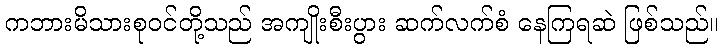
ကဘားမိသားစုဝင်တို့သည် အကျိုးစီးပွား ဆက်လက်စံ နေကြရဆဲ ဖြစ်သည်။